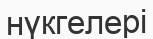
нүкгелері